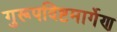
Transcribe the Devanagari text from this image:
गुरूपदिष्टमार्गेण